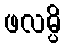
ဖလမ္ပိ